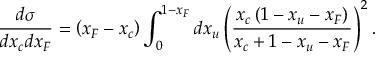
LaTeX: \frac { d \sigma } { d x _ { c } d x _ { F } } = \left( x _ { F } - x _ { c } \right) \int _ { 0 } ^ { 1 - x _ { F } } d x _ { u } \left( \frac { x _ { c } \left( 1 - x _ { u } - x _ { F } \right) } { x _ { c } + 1 - x _ { u } - x _ { F } } \right) ^ { 2 } .